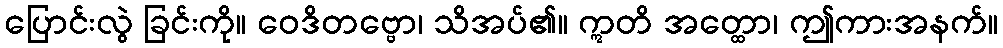
ပြောင်းလွဲ ခြင်းကို။ ဝေဒိတဗ္ဗော၊ သိအပ်၏။ ဣတိ အတ္ထော၊ ဤကားအနက်။